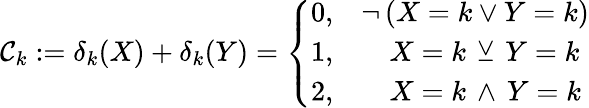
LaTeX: \mathcal{C}_{k}:=\delta_{k}(X)+\delta_{k}(Y)={\left\{ \begin{array}{ll}{0,}&{\neg\, (X=k\vee Y=k)}\\ {1,}&{\quad X=k\, \veebar\, Y=k}\\ {2,}&{\quad X=k\, \wedge\, Y=k}\end{array}\right.}